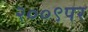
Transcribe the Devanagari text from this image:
२००९पर